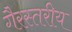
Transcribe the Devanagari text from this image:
गैरस्‍तरीय